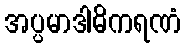
အပ္ပမာဒါဓိကရဏံ